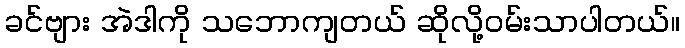
ခင်ဗျား အဲဒါကို သဘောကျတယ် ဆိုလို့ဝမ်းသာပါတယ်။